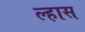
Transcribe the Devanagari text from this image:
ल्हास